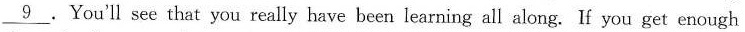
\underline{9}. You'll see that you really have been learning all along. Lf you get enough